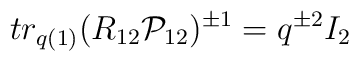
tr_{q(1)} (R_{12} {\cal P}_{12})^{\pm 1} = q^{\pm 2} I_{2}